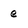
Character: e